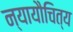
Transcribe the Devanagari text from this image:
न्यायौचित्य